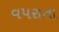
વપરાતા